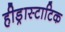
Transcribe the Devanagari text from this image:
हीड्रास्टाटिक